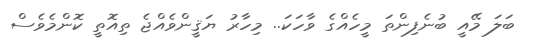
ބަލަ މޭއީ ބުނެފިންތަ މީހެއްގެ ވާހަކަ.. މިހާރު ޔަޤީންވެއްޖެ ތިއޮތީ ކޮންމެވެސް